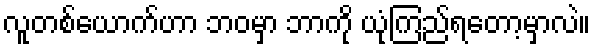
လူတစ်ယောက်ဟာ ဘဝမှာ ဘာကို ယုံကြည်ရတော့မှာလဲ။